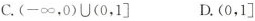
C.(-∞，0)∪(0，1] D.(0，1]